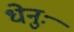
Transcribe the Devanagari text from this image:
धेनुः